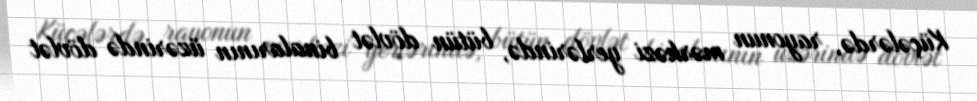
Küçələrdə, rayonun mərkəzi yerlərində, bütün dövlət binalarının üzərində dövlət